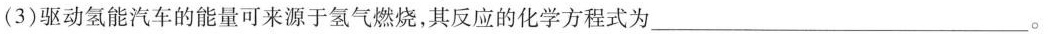
(3)驱动氢能汽车的能量可来源于氢气燃烧，其反应的化学方程式为___。